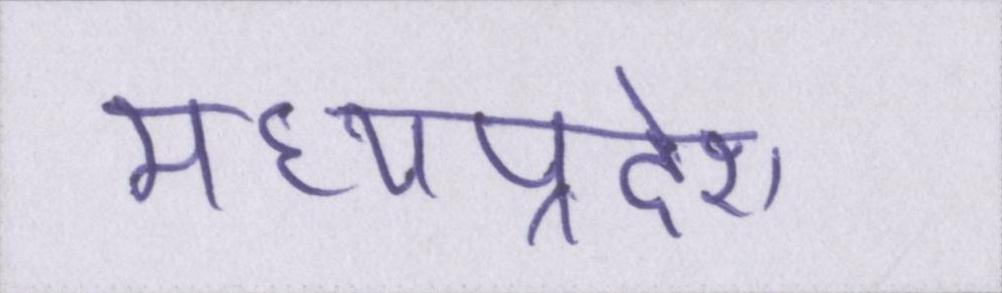
मध्यप्रदेश